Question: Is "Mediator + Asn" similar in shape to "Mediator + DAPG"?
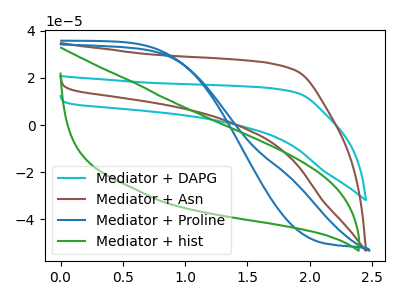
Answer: <think>The cyan curve "Mediator + DAPG" has no peaks. The brown curve "Mediator + Asn" has no peaks. The blue curve "Mediator + Proline" has no peaks. The green curve "Mediator + hist" has no peaks.
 Neither "Mediator + Asn" or "Mediator + DAPG" have any peaks.</think>
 <answer>"Mediator + Asn" and "Mediator + DAPG" are similar in shape.</answer>
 <eval>same_shape</eval>